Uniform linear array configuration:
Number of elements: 48
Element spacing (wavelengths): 1
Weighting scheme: blackman
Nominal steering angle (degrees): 30
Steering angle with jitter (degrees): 30.952
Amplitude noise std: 0.05
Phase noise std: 0.05

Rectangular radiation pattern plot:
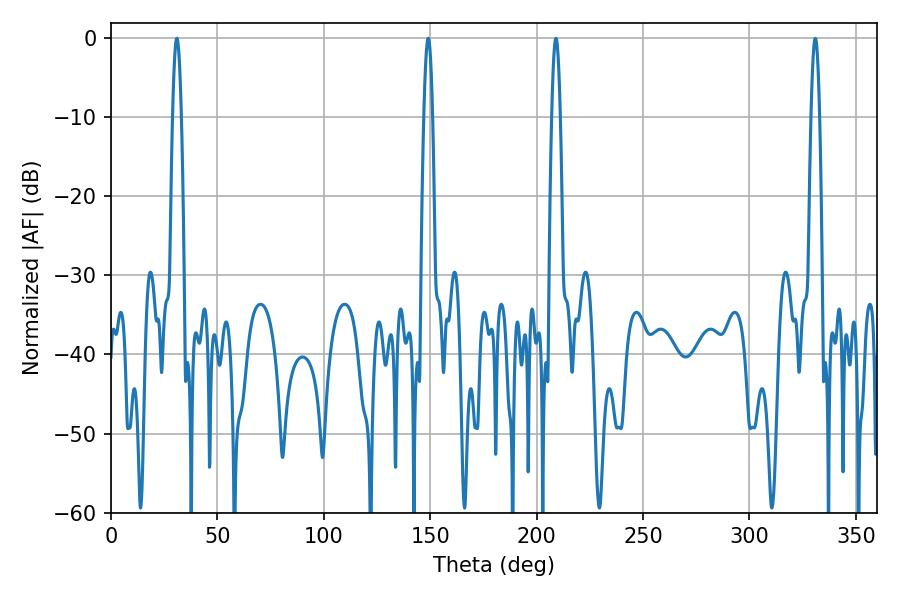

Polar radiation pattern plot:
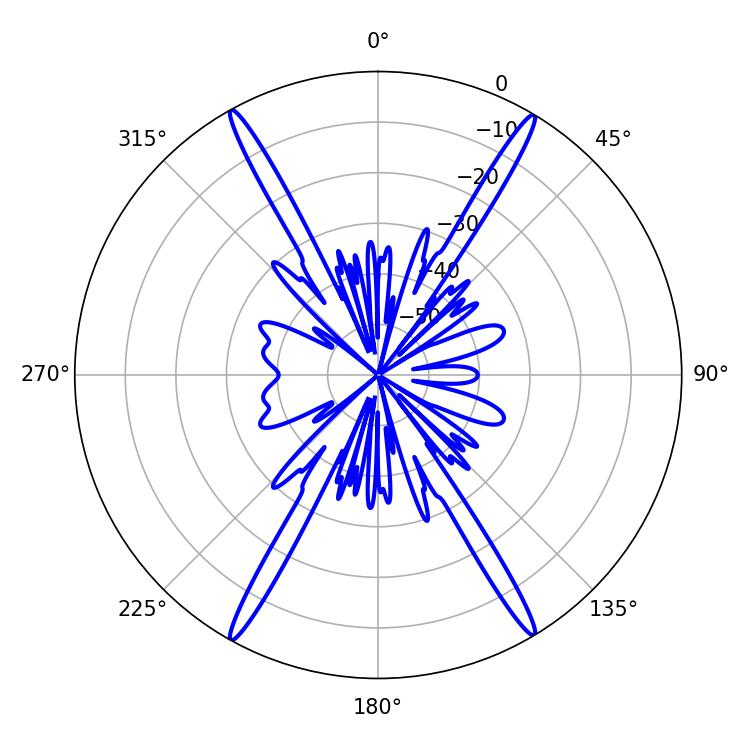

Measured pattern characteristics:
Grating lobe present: TRUE
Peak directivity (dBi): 27.962
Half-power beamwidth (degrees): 2.16
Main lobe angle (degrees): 30.96